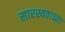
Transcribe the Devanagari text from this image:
सारस्वताच्या